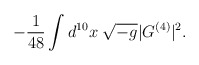
\begin{align*}-\frac{1}{48} \int d^{10} x \; \sqrt{-g} | G^{(4)} |^2.\end{align*}